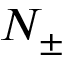
N _ { \pm }